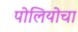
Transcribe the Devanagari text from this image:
पोलियोचा